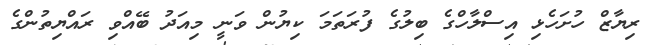
ރިޔާޒް ހުށަހެޅި އިސްލާހްގެ ބިލުގެ ފުރަތަމަ ކިޔުން ވަނީ މިއަދު ބޭއްވި ރައްޔިތުންގެ